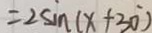
= 2 \sin ( x + 3 0 )